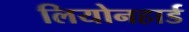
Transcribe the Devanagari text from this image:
लियोनहार्ड